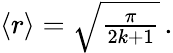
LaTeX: \begin{array}{r}{\left\langle r\right\rangle=\sqrt{\frac{\pi}{2k+1}}\, .}\end{array}